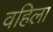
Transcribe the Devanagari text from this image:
वहिला